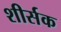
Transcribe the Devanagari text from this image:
शीर्सक